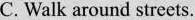
C. Walk around streets.